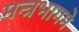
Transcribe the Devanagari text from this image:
मन्त्रभागमे